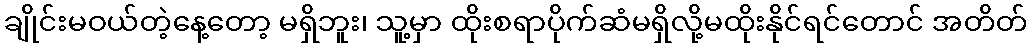
ချိုင်းမဝယ်တဲ့နေ့တော့ မရှိဘူး၊ သူ့မှာ ထိုးစရာပိုက်ဆံမရှိလို့မထိုးနိုင်ရင်တောင် အတိတ်